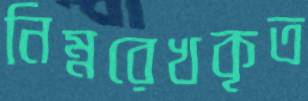
নিম্নরেখকৃত